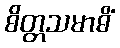
စိတ္တသမာဓိံ